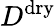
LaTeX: D^{\mathrm{dry}}